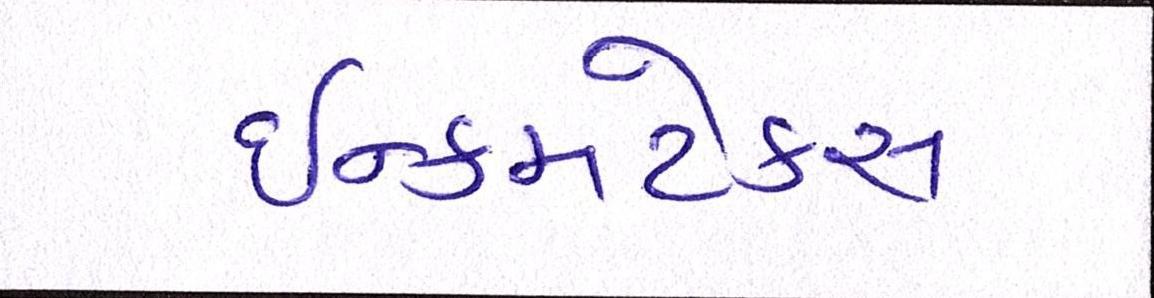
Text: ઈન્કમટેક્સ